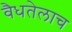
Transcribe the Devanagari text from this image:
वैधतेलाच